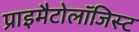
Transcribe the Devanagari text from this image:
प्राइमैटोलॉजिस्ट